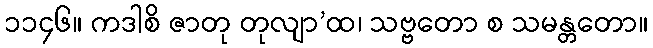
၁၁၄၆။ ကဒါစိ ဇာတု တုလျာ’ထ၊ သဗ္ဗတော စ သမန္တတော။